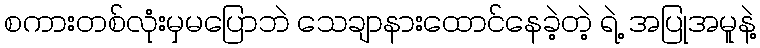
စကားတစ်လုံးမှမပြောဘဲ သေချာနားထောင်နေခဲ့တဲ့ ရဲ့ အပြုအမူနဲ့